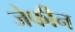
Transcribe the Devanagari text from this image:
जेफीन